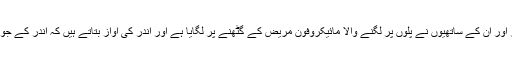
لنکاسٹر یونیورسٹی کے پروفیسر جان گڈایسر اور ان کے ساتھیوں نے پلوں پر لگنے والا مائیکروفون مریض کے گٹھنے پر لگایا ہے اور اندر کی آواز بتاتے ہیں کہ اندر کے جوڑوں میں اینٹھن ہے یا پھر سوجن موجود ہے۔